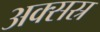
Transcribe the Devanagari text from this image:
अक्सस्र